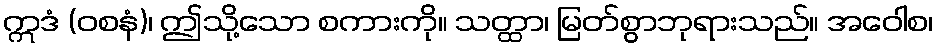
ဣဒံ (ဝစနံ)၊ ဤသို့သော စကားကို။ သတ္ထာ၊ မြတ်စွာဘုရားသည်။ အဝေါစ၊